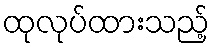
ထုလုပ်ထားသည့်